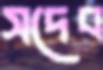
সদেব